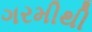
ગરમીથી